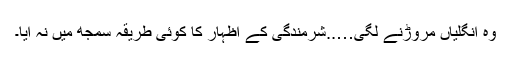
وہ انگلیاں مروڑنے لگی…..شرمندگی کے اظہار کا کوئی طریقہ سمجھ میں نہ آیا۔